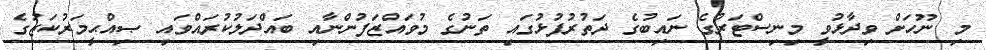
މި ނޫހަށް ވިދާޅުވީ މިނިސްޓަރުގެ ނައިބުގެ ދަތުރުފުޅުގައި ތަނުގެ މުވައްޒަފުންނާއި ބައްދަލުކުރައްވައި ޞިއްޙީމަރުކަޒުގެ